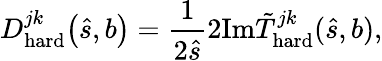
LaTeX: D_{\mathrm{hard}}^{jk}\! \left(\hat{s},b\right)=\frac{1}{2\hat{s}}2\mathrm{Im}\tilde{T}_{\mathrm{hard}}^{jk}(\hat{s},b),